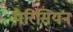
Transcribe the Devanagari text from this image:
पैरिसियन